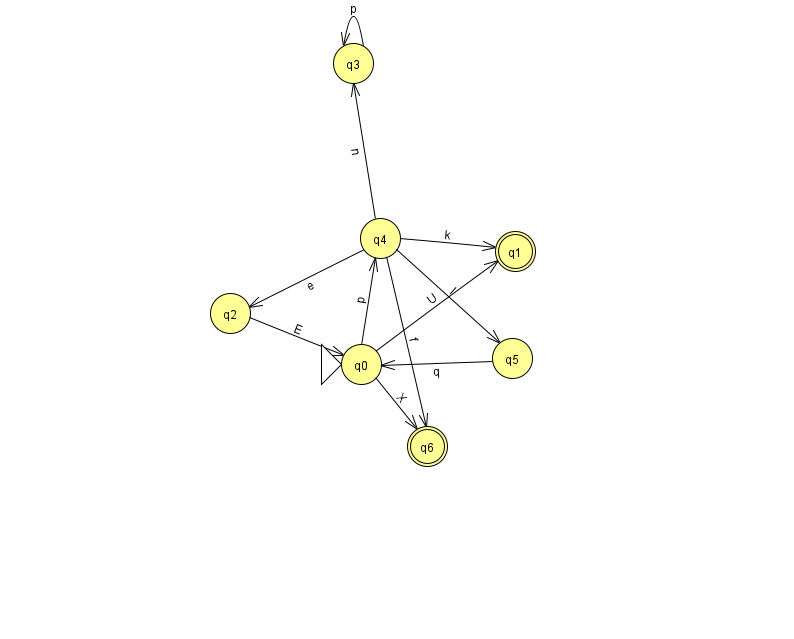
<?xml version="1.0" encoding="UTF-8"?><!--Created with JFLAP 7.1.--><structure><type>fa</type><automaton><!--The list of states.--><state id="0" name="q0"><x>361.0</x><y>351.0</y><initial/></state><state id="1" name="q1"><x>515.0</x><y>238.0</y><final/></state><state id="2" name="q2"><x>230.0</x><y>300.0</y></state><state id="3" name="q3"><x>353.0</x><y>50.0</y></state><state id="4" name="q4"><x>380.0</x><y>225.0</y></state><state id="5" name="q5"><x>512.0</x><y>345.0</y></state><state id="6" name="q6"><x>427.0</x><y>433.0</y><final/></state><!--The list of transitions.--><transition><from>0</from><to>1</to><read>U</read></transition><transition><from>2</from><to>0</to><read>E</read></transition><transition><from>3</from><to>3</to><read>p</read></transition><transition><from>0</from><to>6</to><read>X</read></transition><transition><from>4</from><to>6</to><read>f</read></transition><transition><from>4</from><to>1</to><read>k</read></transition><transition><from>4</from><to>5</to><read>I</read></transition><transition><from>5</from><to>0</to><read>q</read></transition><transition><from>0</from><to>4</to><read>p</read></transition><transition><from>4</from><to>2</to><read>e</read></transition><transition><from>4</from><to>3</to><read>n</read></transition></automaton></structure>